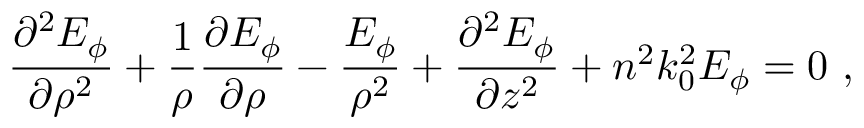
\frac { \partial ^ { 2 } E _ { \phi } } { \partial \rho ^ { 2 } } + \frac { 1 } { \rho } \frac { \partial E _ { \phi } } { \partial \rho } - \frac { E _ { \phi } } { \rho ^ { 2 } } + \frac { \partial ^ { 2 } E _ { \phi } } { \partial z ^ { 2 } } + n ^ { 2 } k _ { 0 } ^ { 2 } E _ { \phi } = 0 \, \, ,